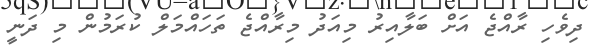
ދިވެހި ރާއްޖެ އަށް ބަލާއިރު މިއަދު މިރާއްޖެ ތަހައްމަލް ކުރަމުން މި ދަނީ